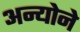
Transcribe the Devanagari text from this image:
अन्योने